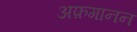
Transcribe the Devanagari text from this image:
अफ़गानन